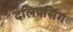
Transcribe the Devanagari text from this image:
दलिपसिंग